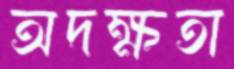
অদক্ষতা